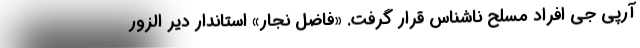
آرپی جی افراد مسلح ناشناس قرار گرفت. «فاضل نجار» استاندار دیر الزور